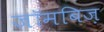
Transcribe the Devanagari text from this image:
जॉमबिज़